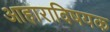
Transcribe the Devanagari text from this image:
आहाराविषयक